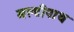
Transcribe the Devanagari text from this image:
मल्टीपाथ